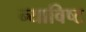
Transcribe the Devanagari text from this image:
न्याविष्ट